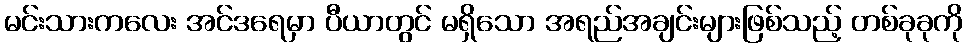
မင်းသားကလေး အင်ဒရေမှာ ပီယာတွင် မရှိသော အရည်အချင်းများဖြစ်သည့် တစ်ခုခုကို